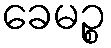
ခေမဉ္စ